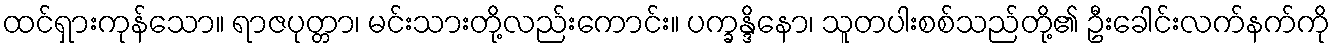
ထင်ရှားကုန်သော။ ရာဇပုတ္တာ၊ မင်းသားတို့လည်းကောင်း။ ပက္ခန္ဒိနော၊ သူတပါးစစ်သည်တို့၏ ဦးခေါင်းလက်နက်ကို